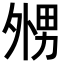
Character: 𡖦